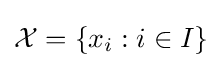
{\mathcal {X}}=\{x_{i}:i\in I\}